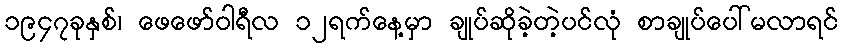
၁၉၄၇ခုနှစ်၊ ဖေဖော်ဝါရီလ ၁၂ရက်နေ့မှာ ချုပ်ဆိုခဲ့တဲ့ပင်လုံ စာချုပ်ပေါ်မလာရင်